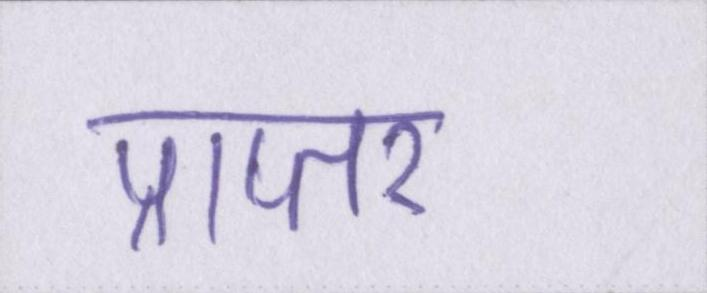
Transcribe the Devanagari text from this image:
प्राप्तर